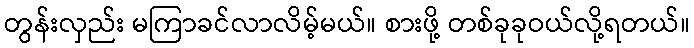
တွန်းလှည်း မကြာခင်လာလိမ့်မယ်။ စားဖို့ တစ်ခုခုဝယ်လို့ရတယ်။